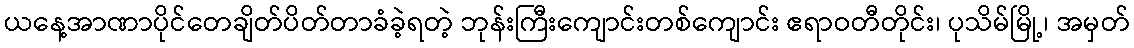
ယနေ့အာဏာပိုင်တေချိတ်ပိတ်တာခံခဲ့ရတဲ့ ဘုန်းကြီးကျောင်းတစ်ကျောင်း ဧရာဝတီတိုင်း၊ ပုသိမ်မြို့၊ အမှတ်